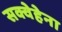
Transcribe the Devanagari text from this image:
सक्वेहेना